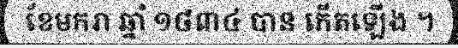
ខែមករា ឆ្នាំ ១៨៣៤ បាន កើតឡើង ។